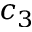
c _ { 3 }